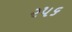
૨૫૬